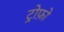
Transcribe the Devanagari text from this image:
ट्रोफ़ो